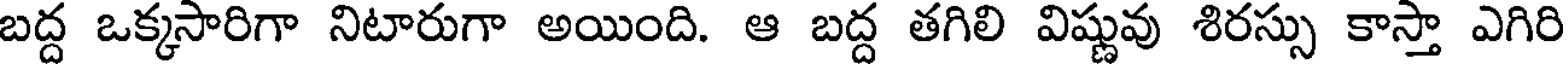
బద్ద ఒక్కసారిగా నిటారుగా అయింది. ఆ బద్ద తగిలి విష్ణువు శిరస్సు కాస్తా ఎగిరి